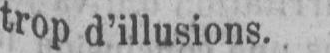
trop d’illusions.